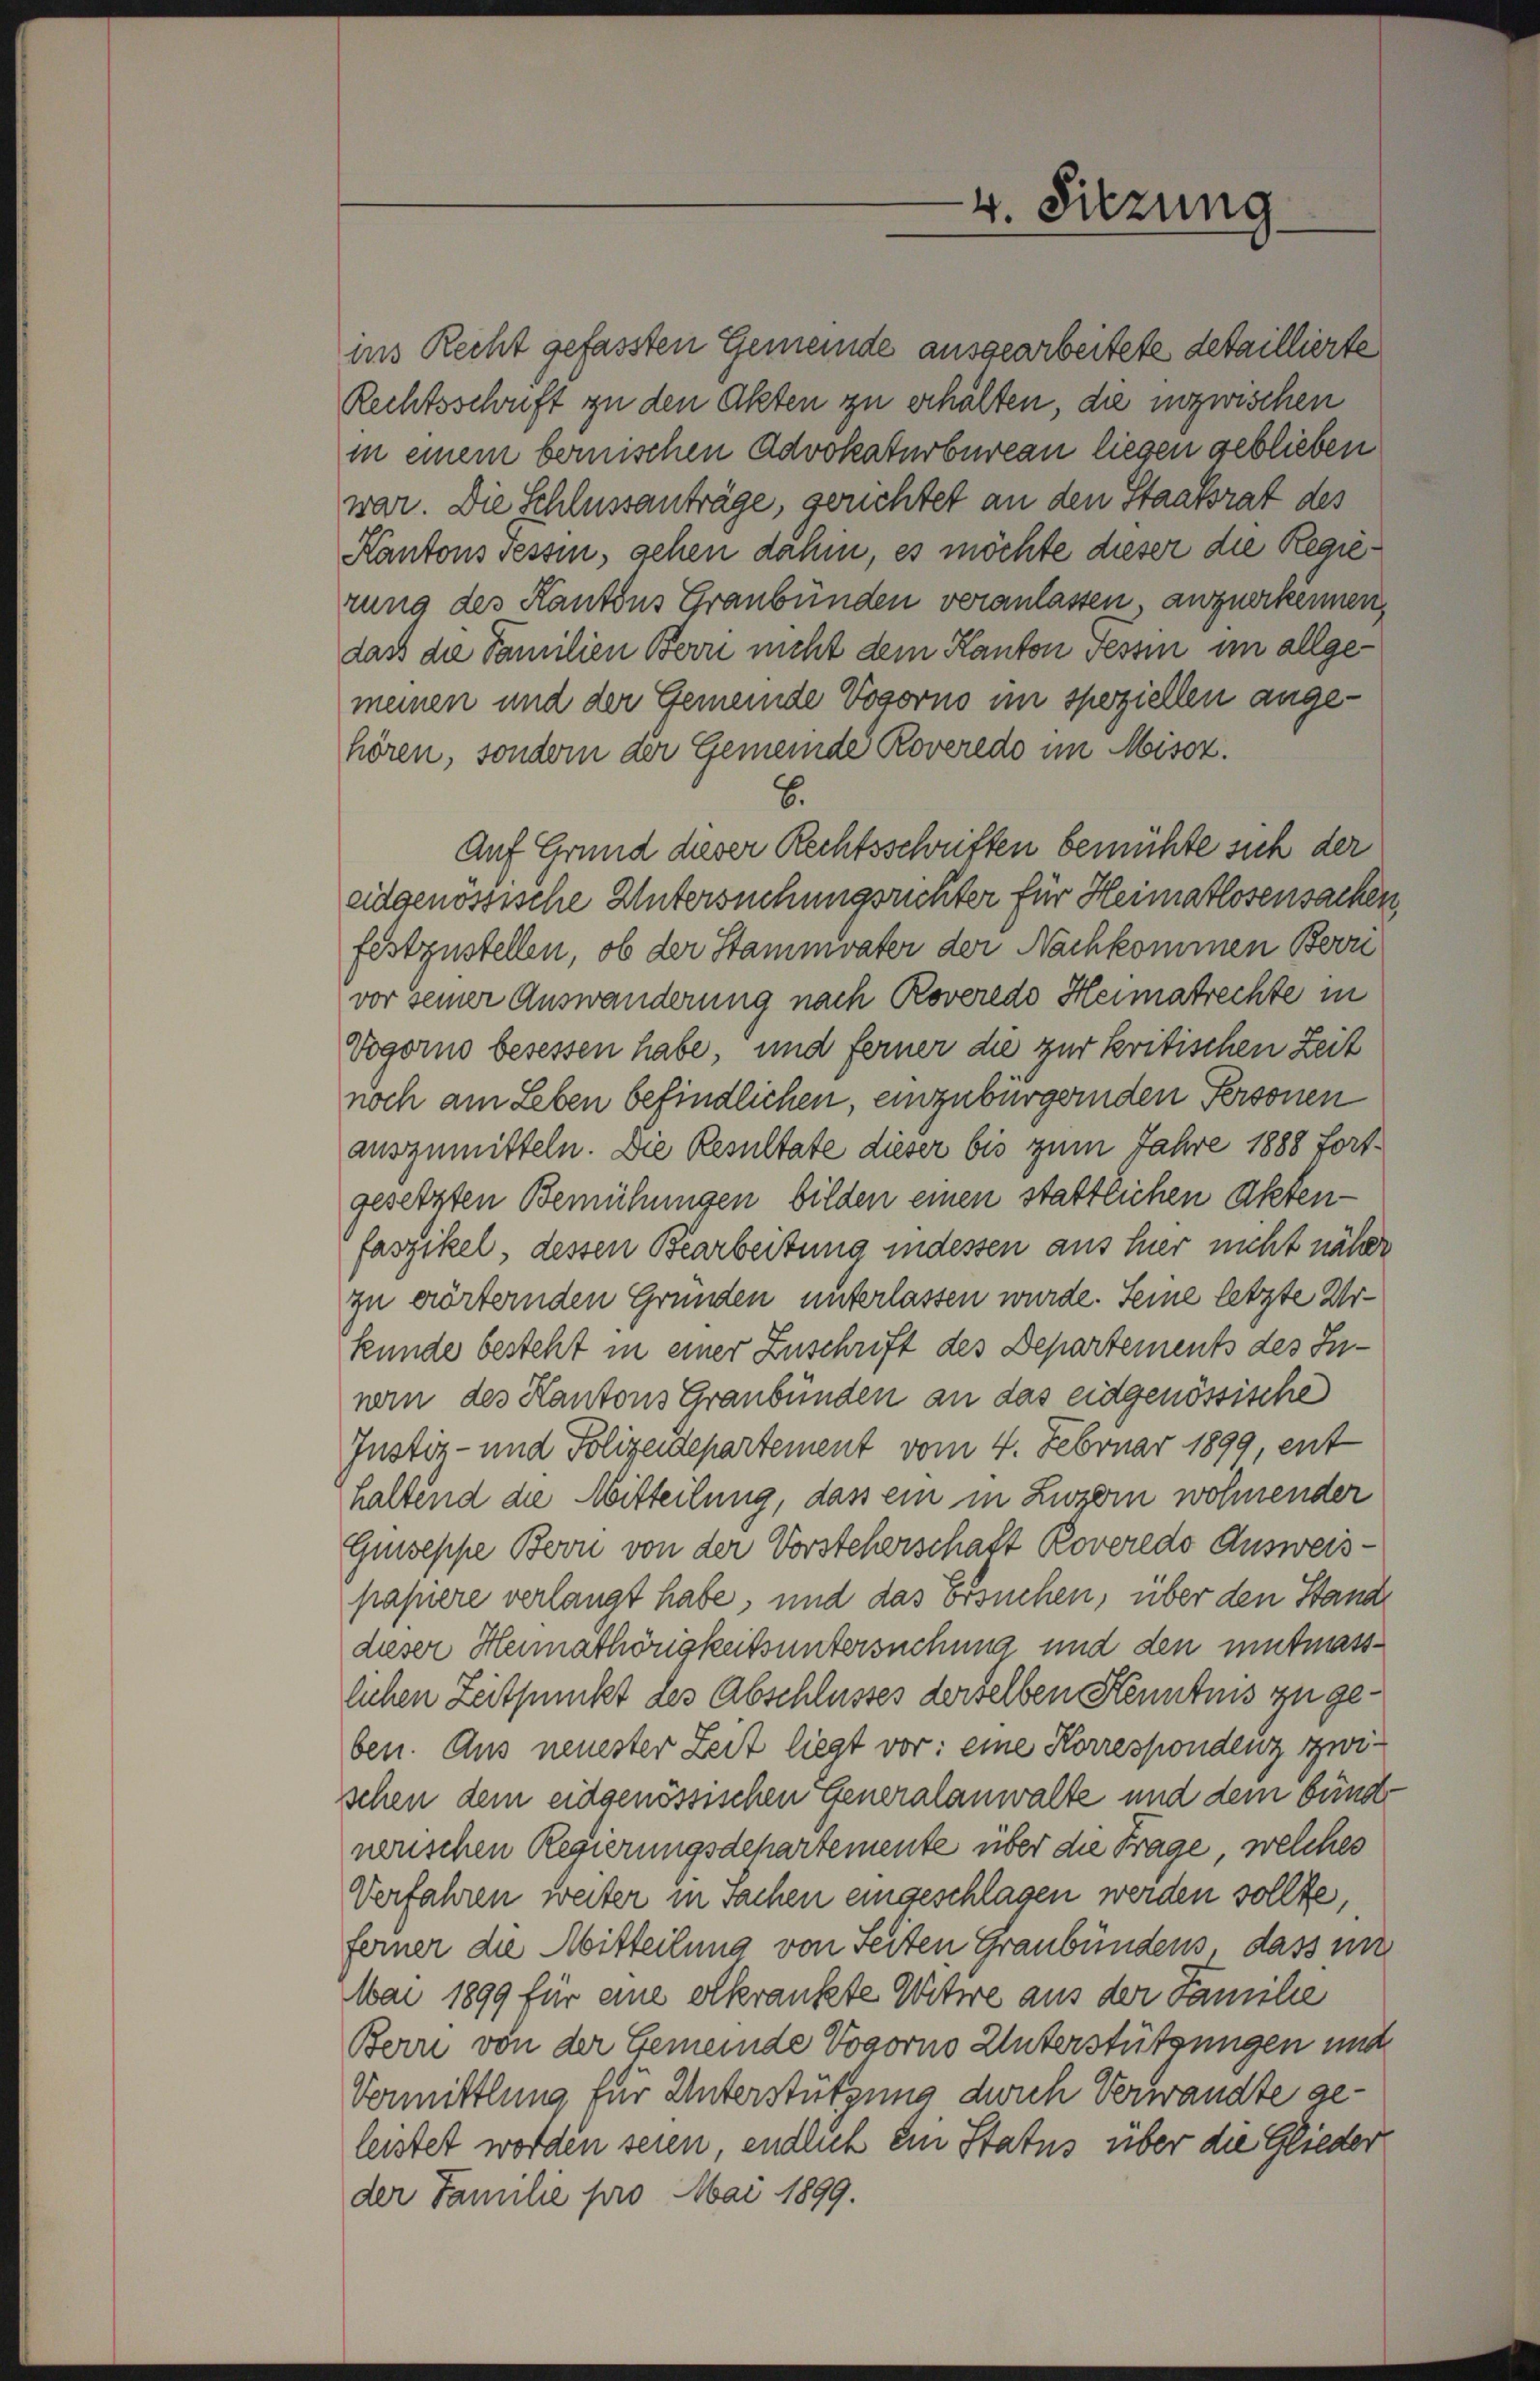
4. Sitzung

ins Recht gefassten Gemeinde ausgearbeitete detaillierte
Rechtsschrift zu den Akten zu erhälten, die inzwischen
in einem berischen Advokaturbureau liegen geblieben
war. Die Schlussanträge, gerichtet an den Staatsrat des
Kantons sessin, gehen dahin, es möchte dieser die Regierung des Kantons Graubünden veranlassen, anzuerkennen,
dass die Familien Bern nicht dem Kanton Tessin im allgemeinen und der Gemeinde Vogorno im speziellen angehören, sondern der Gemeinde Roveredo im Misoz.
B.
Auf Grund dieser Rechtsschriften bemühte sich der
eidgenössische Untersuchungsrichter für Heimatlosensachen,
festzustellen, ob der Stammvater der Nachkommen Beri
vor seiner Auswanderung nach Roveredo Heimatrechte in
Vogorno besessen habe, und ferner die zur kritischen Zeit
noch am Leben befindlichen, einzubürgernden Personen
auszumitteln. Die Resultate dieser bis zum Jahre 1888 fortgesetzten Bemühungen bilden einen stattlichen Aktenfaszikel, dessen Bearbeitung indessen aus hier nicht näher
zu erörternden Gründen unterlassen wurde. Seine letzte Urkunde besteht in einer Zuschrift des Departements des Innem des Kantons Graubünden an das eidgenössische
Justiz- und Polizeidepartement vom 4. Februar 1899, ent
haltend die Mitteilung, dass ein in Luzern wohnender
Guseppe Bovii von der Vorsteherschaft Roveredo Ausweispapiere verlangt habe, und das Ersuchen, über den Stand
dieser Heimathörigkeitsuntersuchung und den mitmasslichen Zeitpunkt des Abschlusses derselben Kenntnis zu geben. Aus neuester Zeit liegt vor: eine Korrespondenz zwischen dem eidgenössischen Generalanwalte und dem bünde
nerischen Regierungsdepartemente über die Frage, welches
Verfahren weiter in Sachen eingeschlagen werden sollte,
ferner die Mitteilung von Seiten Graubündens, dass in
Mai 1899 für eine erkrankte Witwe aus der Familie
Bern von der Gemeinde Vogorno Unterstützungen und
Vermittlung für Unterstützung durch Verwandte geleistet worden seien, endlich ein Status über die Glieder
der Familie pro Mai 1899.